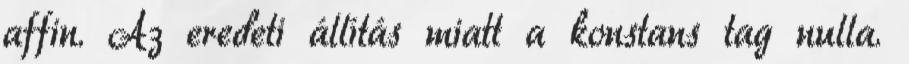
affin. Az eredeti állítás miatt a konstans tag nulla.